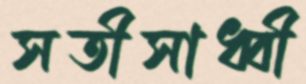
সতীসাধ্বী